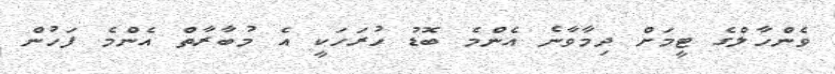
ވެންހާލްގެ ޓީމަށް ދިމާވާނެ އެންމެ ބޮޑު ހުރަހަކީ އެ މުބާރާތް އެންމެ ފަހުން